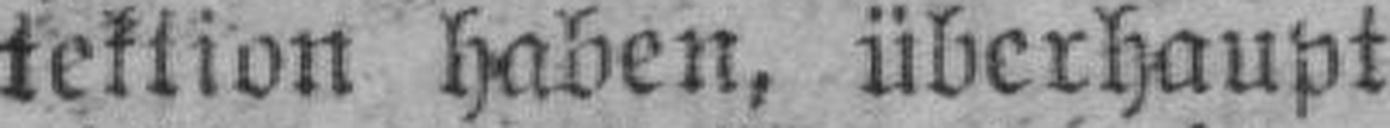
tektion haben, überhaupt